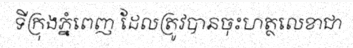
ទីក្រុងភ្នំពេញ ដែលត្រូវបានចុះហត្ថលេខាជា